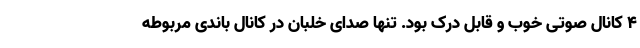
۴ کانال صوتی خوب و قابل درک بود. تنها صدای خلبان در کانال باندی مربوطه